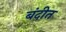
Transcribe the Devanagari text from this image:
बंदीत